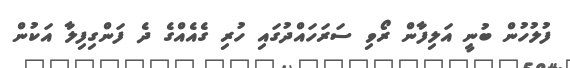
ފުލުހުން ބުނީ އަލިފާން ރޯވި ސަރަހައްދުގައި ހުރި ގެއެއްގެ ދެ ފަންގިފިލާ އަކުން